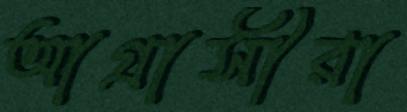
আগ্রাসীরা